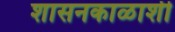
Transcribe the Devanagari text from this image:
शासनकाळाशी